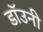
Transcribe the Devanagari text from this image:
डाॅउनी